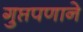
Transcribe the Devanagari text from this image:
गुप्तपणाने